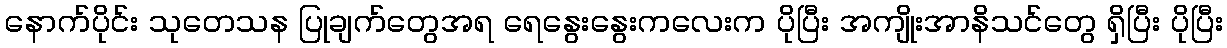
နောက်ပိုင်း သုတေသန ပြုချက်တွေအရ ရေနွေးနွေးကလေးက ပိုပြီး အကျိုးအာနိသင်တွေ ရှိပြီး ပိုပြီး